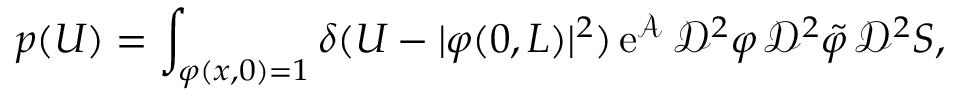
p ( U ) = \int _ { \varphi ( x , 0 ) = 1 } \delta ( U - \vert \varphi ( 0 , L ) \vert ^ { 2 } ) \, \mathrm { e } ^ { \mathcal { A } } \, \mathscr { D } ^ { 2 } \varphi \, \mathscr { D } ^ { 2 } \tilde { \varphi } \, \mathscr { D } ^ { 2 } S ,